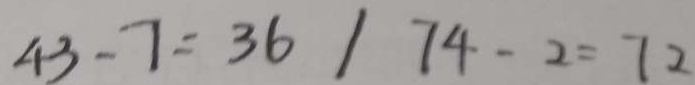
4 3 - 7 = 3 6 / 7 4 - 2 = 7 2